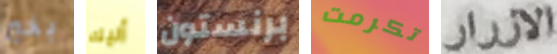
بخير أليك برنستون تكرمت الازرار